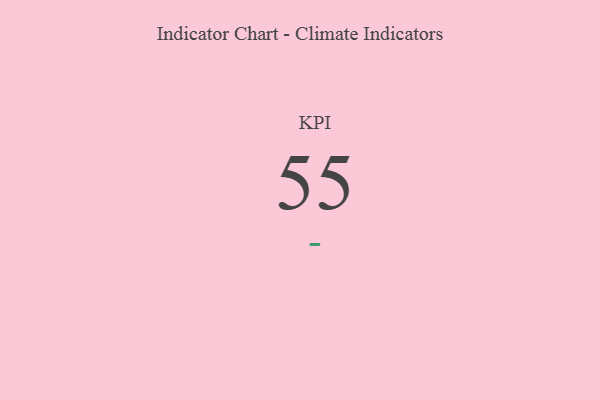
{"axis": {"x": "KPI", "y": "Value"}, "legend": [""], "data": [{"x": "KPI", "y": 55, "type": ""}]}